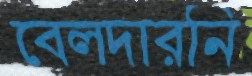
বেলদারনি